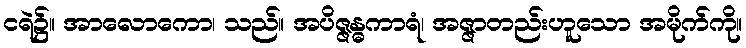
ငရဲ၌။ အာလောကော၊ သည်။ အပိဇ္ဇန္ဓကာရံ၊ အဇ္ဇာတည်းဟူသော အမိုက်ကို။